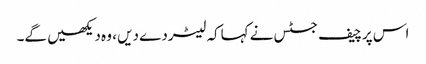
اس پرچیف جسٹس نے کہاکہ لیٹردے دیں ، وہ دیکھیں گے۔